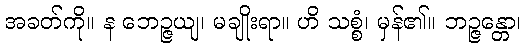
အခတ်ကို။ န ဘေဉ္ဇယျ၊ မချိုးရာ။ ဟိ သစ္စံ၊ မှန်၏။ ဘဉ္ဇန္တော၊